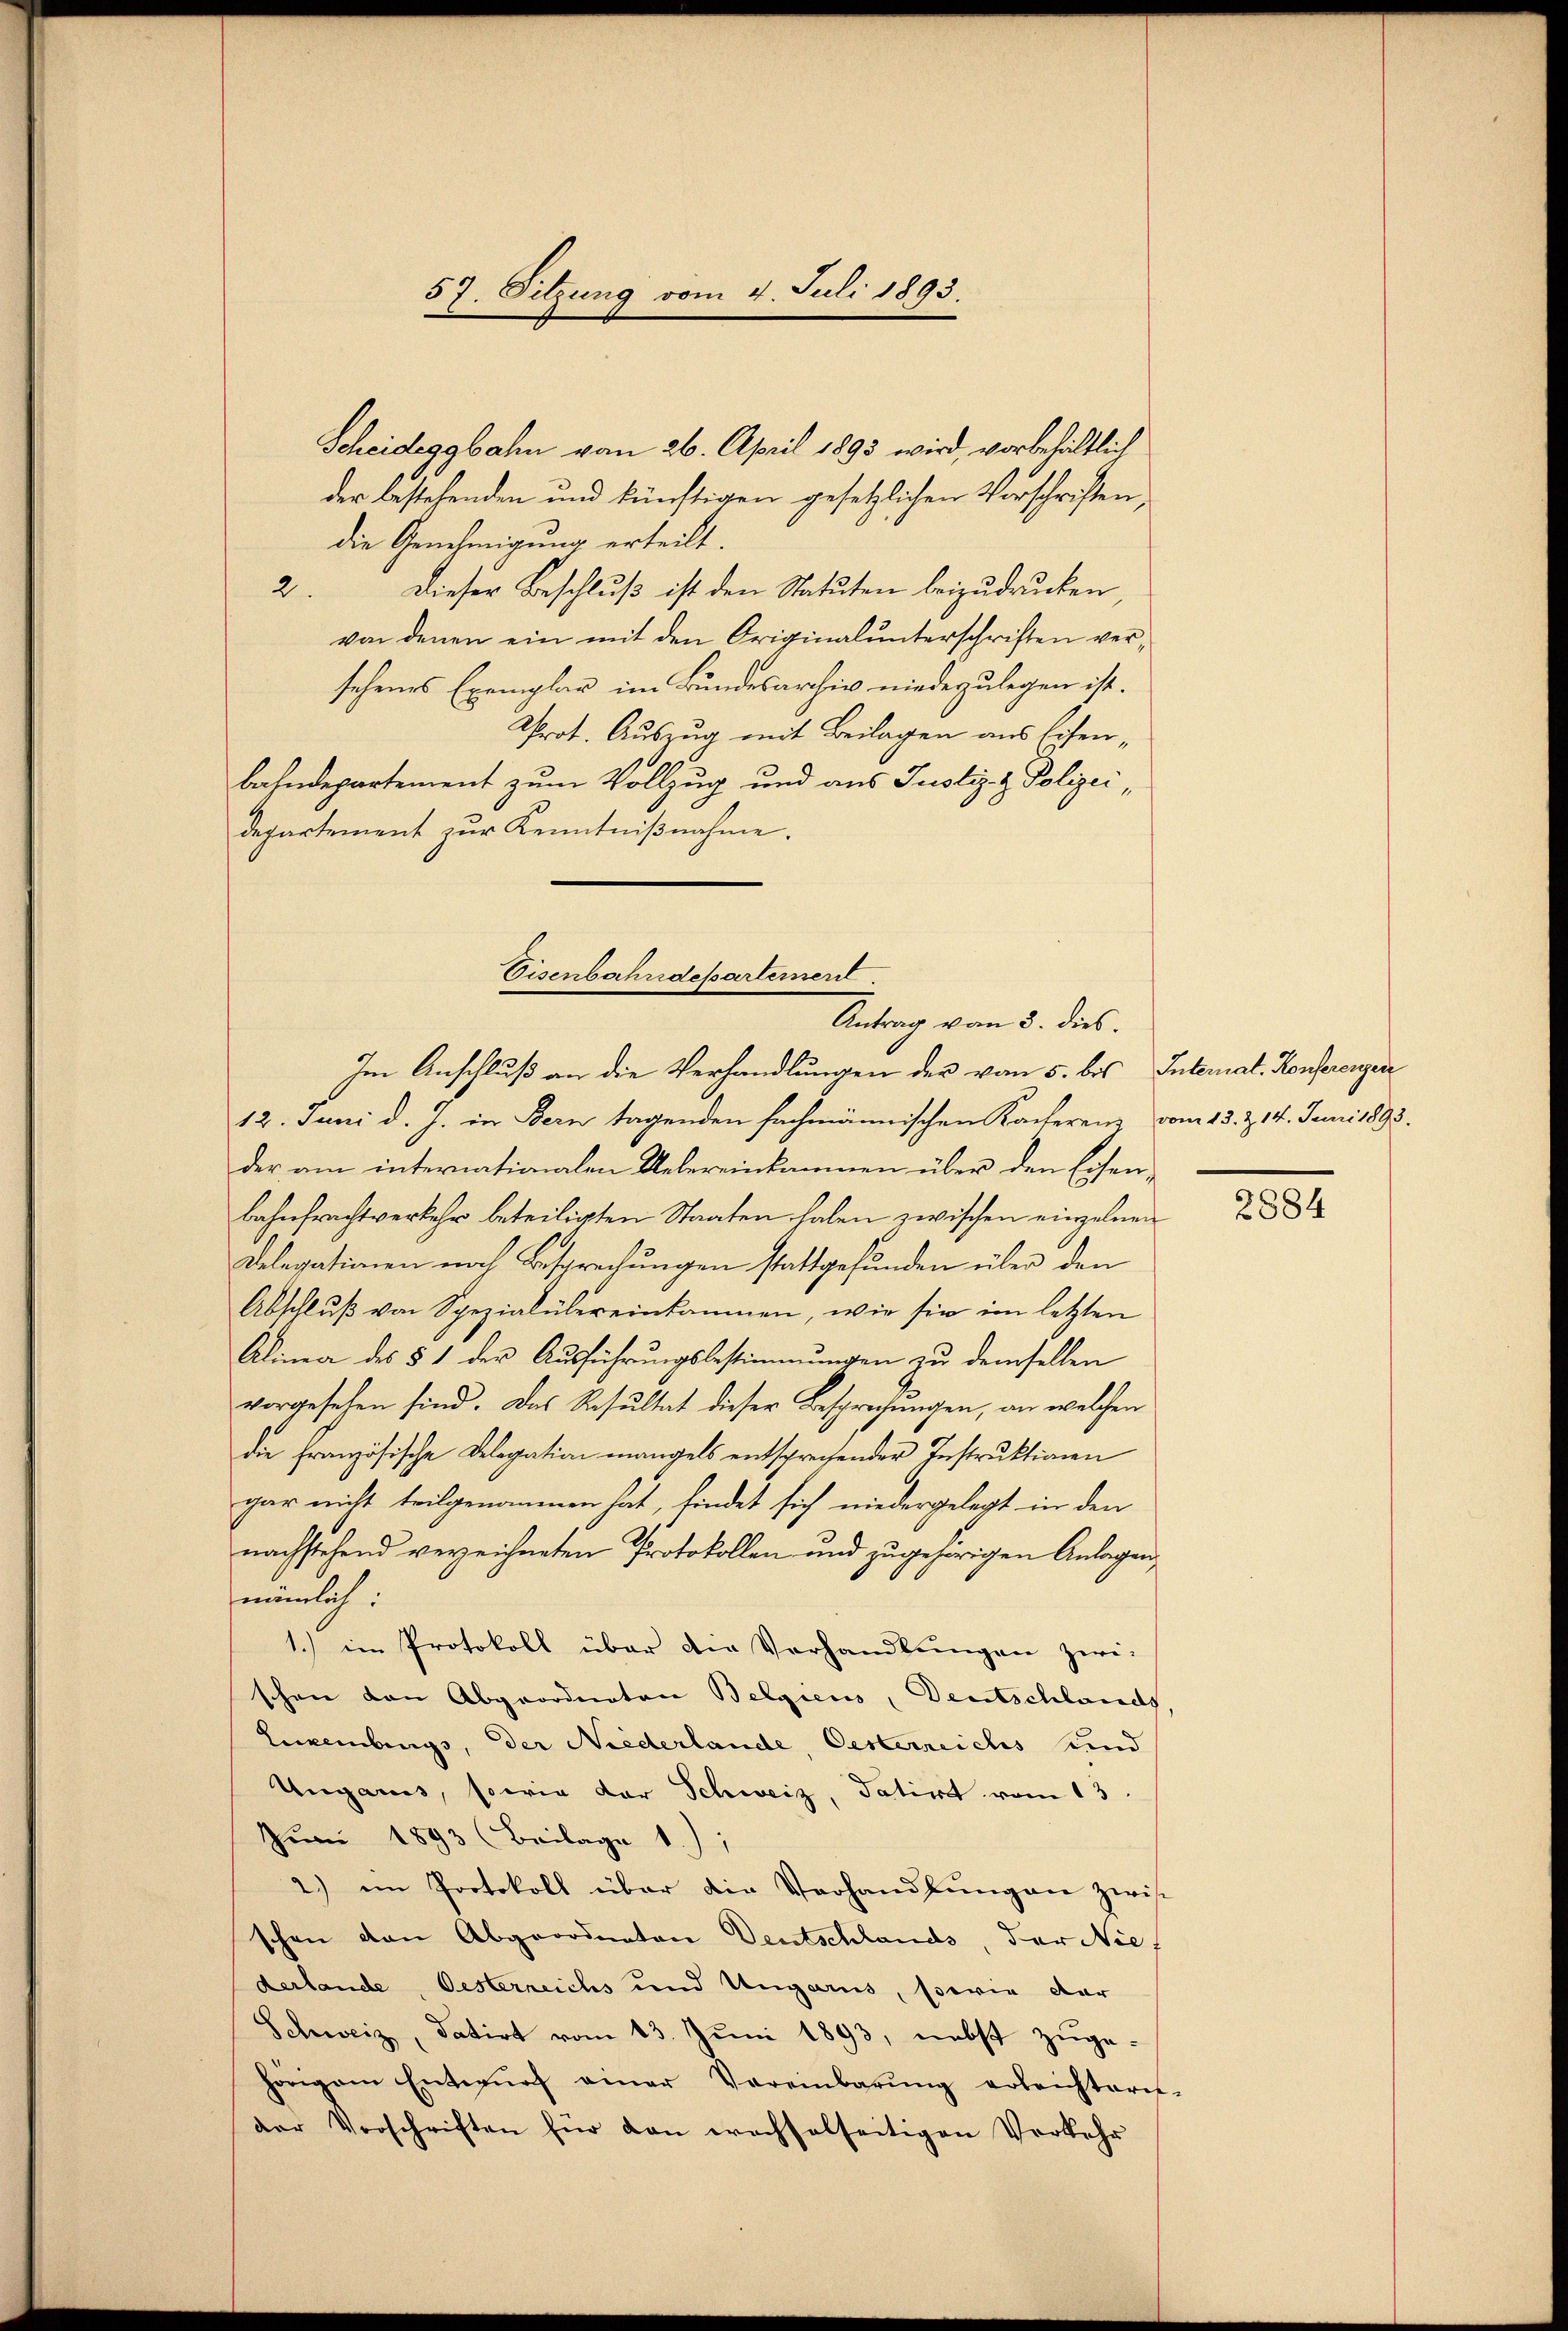
Scheideggbahn vom 26. April 1893 wird, vorbehältlich
der bestehenden und künftigen gesetzlichen Vorschriften,
die Genehmigung erteilt.
2 Dieser Beschluß ist den Statuten beizudrucken
von denen ein mit den Originalunterschriften versehenes Exemplar im Bundesarchiv niederzulegen ist.
Prot. Auszug mit Beilagen aus Eisenbahndepartement zum Vollzug und aus Justiz- & Polizei,
departement zŭr Kenntniβnahme.
Im Anschluß an die Verhandlungen der von 5. bis Interal- Konferengen
12. Juni d. J. in Bern tagenden fachmännischen Kacherenz vom 13. Z. 14. Junii 1893.
der am internationalen Uebereinkommen über den Eisen¬
Bahnfrachtverkehr beteiligten Staaten haben zwischen einzelnen
Delegationen nach Besprechungen stattgefunden über den
Abschluß von Spezialülereinkommen, wie sie im letzten
Alinea des § 1 der Aŭsführŭngsbestimmungen zu demselben
vorgesehen sind. Das Resultat dieser Besprechungen, an welchen
die französische Delegation mangels entsprechender Instrŭktionen
gar nicht teilgenommen hat, findet sich niedergelegt in den
nachstehend verzeichneten Protokollen und zŭgehörigen Anlagen,
nämlich:
1.) im Protokoll über die Verhandlungen zwi-
schon den Abgeordneten Belgiens, Deutschlands
Luxenburgs, der Niederlande, Oesterreichs und
Ungaris, sowie der Schweiz, datirt vom 13.
Juni 1893 (Beilage 1);
2.) ein Protokoll über die Verhandlŭngen zwi
schon den Abgeordneten Deutschlands, der Nies
derlande, Oesterreichs und Ungaris, sowie dar
Schweiz, datirt vom 13. Juni 1893, nebst zugehörigem Entwŭrf einer Vereinbarŭng erleichteret
der Vorschriften für dan wechselseitigen Verkehr

57. Sitzung vom 4. Juli 1893.

Eisenbahndeparternerd.
Antrag vom 3. dies

2884